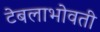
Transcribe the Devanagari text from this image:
टेबलाभोवती